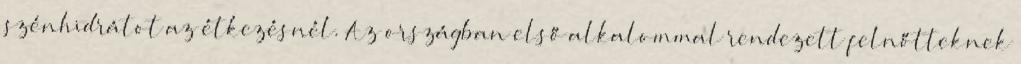
szénhidrátot az étkezésnél. Az országban első alkalommal rendezett felnőtteknek